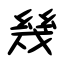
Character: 幾